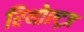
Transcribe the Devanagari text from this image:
रिथोल्ट्ज़